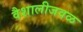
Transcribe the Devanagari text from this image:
वैशालीजवळ